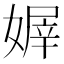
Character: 𡟭